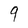
Character: 9